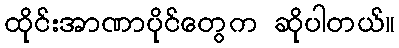
ထိုင်းအာဏာပိုင်တွေက ဆိုပါတယ်။